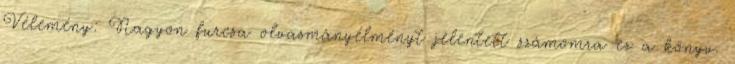
Vélemény: Nagyon furcsa olvasmányélményt jelentett számomra ez a könyv.